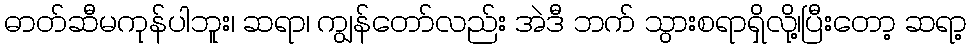
ဓာတ်ဆီမကုန်ပါဘူး၊ ဆရာ၊ ကျွန်တော်လည်း အဲဒီ ဘက် သွားစရာရှိလို့၊ပြီးတော့ ဆရာ့